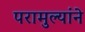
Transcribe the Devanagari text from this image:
परामुल्यांने